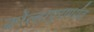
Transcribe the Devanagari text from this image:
कोल्हापुरापर्यंत